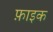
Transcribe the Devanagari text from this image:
फ़ाइक